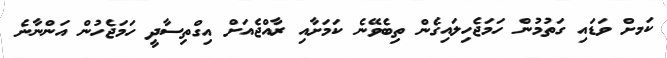
ކަމށް ވަޑައި ގަތުމުން ހަމަޖެހިލައިގެން ތިބެވޭނެ ކަމަށާއި ރާއްޖެއަށް އިގްތިސާދީ ހަމަޖެހުން އަންނާނެ